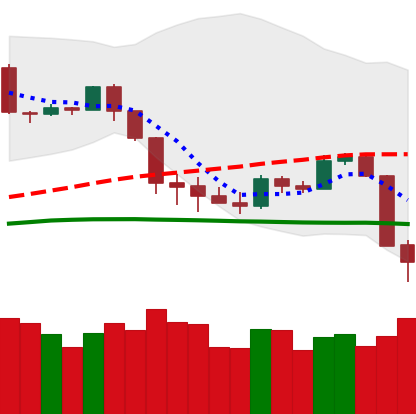
Ticker: BTC-USD
Chart end date: 2020-03-09
Forward return: -34.369%
Label: down_7plus